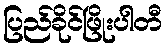
ပြည်ခိုင်ဖြိုးပါတီ